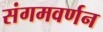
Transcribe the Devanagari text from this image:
संगमवर्णन